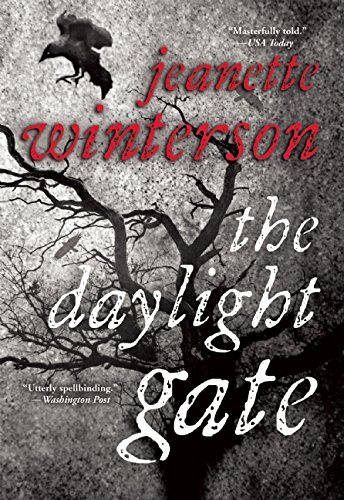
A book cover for The Daylight Gate; Jeanette Winterson; Literature & Fiction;